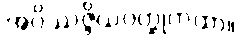
အဝိဿဇ္ဇိယဝတ္ထုကထာ။